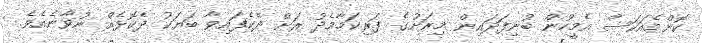
ކޮންމެއަކަސް އެމީހުން ބުނިފަދައިން މިރަށުގެ ފަރިކަމާމެދު ރަށް ދެކެފައިވާ ބަޔަކު ދެކޮޅެއް ނުވާނެއެވެ.